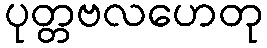
ပုတ္တဗလဟေတု